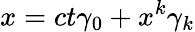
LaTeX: x=ct\gamma_{0}+x^{k}\gamma_{k}